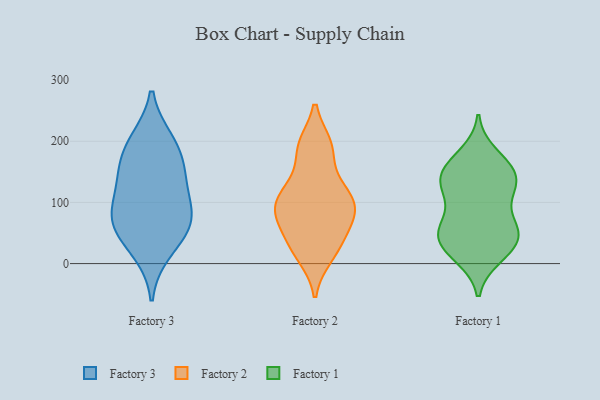
{"axis": {"x": "Population (Million)", "y": "Value"}, "legend": ["Factory 1", "Factory 2", "Factory 3"], "data": [{"x": "", "y": 193, "type": "Factory 3"}, {"x": "", "y": 80, "type": "Factory 3"}, {"x": "", "y": 151, "type": "Factory 3"}, {"x": "", "y": 200, "type": "Factory 3"}, {"x": "", "y": 80, "type": "Factory 3"}, {"x": "", "y": 21, "type": "Factory 3"}, {"x": "", "y": 151, "type": "Factory 3"}, {"x": "", "y": 59, "type": "Factory 3"}, {"x": "", "y": 60, "type": "Factory 3"}, {"x": "", "y": 117, "type": "Factory 3"}, {"x": "", "y": 103, "type": "Factory 2"}, {"x": "", "y": 79, "type": "Factory 2"}, {"x": "", "y": 61, "type": "Factory 2"}, {"x": "", "y": 83, "type": "Factory 2"}, {"x": "", "y": 103, "type": "Factory 2"}, {"x": "", "y": 73, "type": "Factory 2"}, {"x": "", "y": 193, "type": "Factory 2"}, {"x": "", "y": 194, "type": "Factory 2"}, {"x": "", "y": 32, "type": "Factory 2"}, {"x": "", "y": 151, "type": "Factory 2"}, {"x": "", "y": 106, "type": "Factory 2"}, {"x": "", "y": 11, "type": "Factory 2"}, {"x": "", "y": 193, "type": "Factory 2"}, {"x": "", "y": 15, "type": "Factory 2"}, {"x": "", "y": 123, "type": "Factory 2"}, {"x": "", "y": 42, "type": "Factory 2"}, {"x": "", "y": 105, "type": "Factory 2"}, {"x": "", "y": 27, "type": "Factory 1"}, {"x": "", "y": 158, "type": "Factory 1"}, {"x": "", "y": 151, "type": "Factory 1"}, {"x": "", "y": 42, "type": "Factory 1"}, {"x": "", "y": 104, "type": "Factory 1"}, {"x": "", "y": 130, "type": "Factory 1"}, {"x": "", "y": 13, "type": "Factory 1"}, {"x": "", "y": 138, "type": "Factory 1"}, {"x": "", "y": 123, "type": "Factory 1"}, {"x": "", "y": 11, "type": "Factory 1"}, {"x": "", "y": 60, "type": "Factory 1"}, {"x": "", "y": 52, "type": "Factory 1"}, {"x": "", "y": 51, "type": "Factory 1"}, {"x": "", "y": 179, "type": "Factory 1"}, {"x": "", "y": 56, "type": "Factory 1"}, {"x": "", "y": 140, "type": "Factory 1"}, {"x": "", "y": 118, "type": "Factory 1"}, {"x": "", "y": 164, "type": "Factory 1"}, {"x": "", "y": 31, "type": "Factory 1"}, {"x": "", "y": 67, "type": "Factory 1"}]}